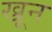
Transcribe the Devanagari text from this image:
ख्रून